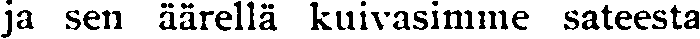
ja sen äärellä kuivasimme sateesta